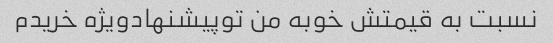
نسبت به قیمتش خوبه من توپیشنهادویژه خریدم